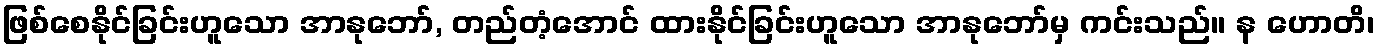
ဖြစ်စေနိုင်ခြင်းဟူသော အာနုဘော်, တည်တံ့အောင် ထားနိုင်ခြင်းဟူသော အာနုဘော်မှ ကင်းသည်။ န ဟောတိ၊